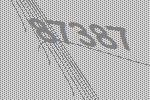
87387